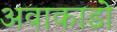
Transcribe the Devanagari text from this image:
अवाकाडो